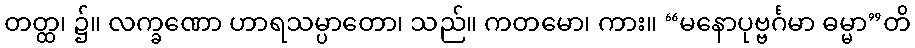
တတ္ထ၊ ၌။ လက္ခဏော ဟာရသမ္ပာတော၊ သည်။ ကတမော၊ ကား။ “မနောပုဗ္ဗင်္ဂမာ ဓမ္မာ”တိ